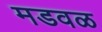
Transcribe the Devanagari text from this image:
मडवळ